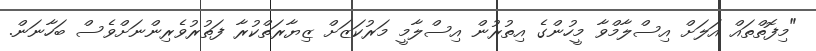
"މިފޮތްތައް އަލަށް އިސްލާމްވާ މީހުންގެ އިތުރުން އިސްލާމީ މަރުކަޒަށް ޒިޔާރަތްކުރާ ފަތުރުވެރިންނަށްވެސް ބަހާނަން.